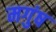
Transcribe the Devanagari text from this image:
मगुंष